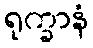
ရုက္ခာနံ